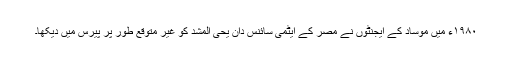
۱۹۸۰ء میں موساد کے ایجنٹوں نے مصر کے ایٹمی سائنس دان یحی المشد کو غیر متوقع طور پر پیرس میں دیکھا۔